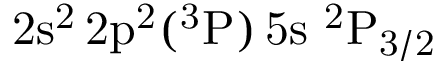
\mathrm { 2 s ^ { 2 } \, 2 p ^ { 2 } ( ^ { 3 } P ) \, 5 s ~ ^ { 2 } P _ { 3 / 2 } }